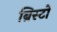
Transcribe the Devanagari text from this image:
ब्रिस्टो